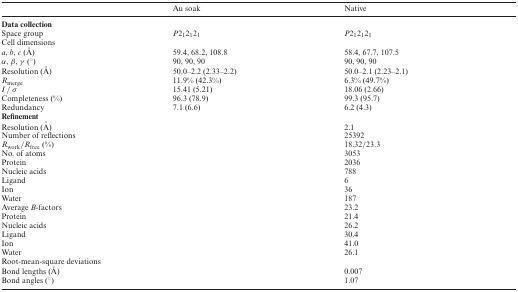
<table><thead><tr><td></td><td><b>Au soak</b></td><td><b>Native</b></td></tr></thead><tbody><tr><td colspan="3"><b>Data collection</b></td></tr><tr><td>Space group</td><td><i>P</i>2<sub>1</sub>2<sub>1</sub>2<sub>1</sub></td><td><i>P</i>2<sub>1</sub>2<sub>1</sub>2<sub>1</sub></td></tr><tr><td colspan="3">Cell dimensions</td></tr><tr><td><i>a</i>, <i>b</i>, <i>c</i> (Å)</td><td>59.4, 68.2, 108.8</td><td>58.4, 67.7, 107.5</td></tr><tr><td><i>α</i>, <i>β</i>, <i>γ</i> (°)</td><td>90, 90, 90</td><td>90, 90, 90</td></tr><tr><td>Resolution (Å)</td><td>50.0–2.2 (2.33–2.2)</td><td>50.0–2.1 (2.23–2.1)</td></tr><tr><td><i>R</i><sub>merge</sub></td><td>11.9% (42.3%)</td><td>6.3% (49.7%)</td></tr><tr><td><i>I</i> / <i>σ</i></td><td>15.41 (5.21)</td><td>18.06 (2.66)</td></tr><tr><td>Completeness (%)</td><td>96.3 (78.9)</td><td>99.3 (95.7)</td></tr><tr><td>Redundancy</td><td>7.1 (6.6)</td><td>6.2 (4.3)</td></tr><tr><td colspan="3"><b>Refinement</b></td></tr><tr><td>Resolution (Å)</td><td></td><td>2.1</td></tr><tr><td>Number of reflections</td><td></td><td>25392</td></tr><tr><td><i>R</i><sub>work</sub>/<i>R</i><sub>free</sub> (%)</td><td></td><td>18.32/23.3</td></tr><tr><td>No. of atoms</td><td></td><td>3053</td></tr><tr><td>Protein</td><td></td><td>2036</td></tr><tr><td>Nucleic acids</td><td></td><td>788</td></tr><tr><td>Ligand</td><td></td><td>6</td></tr><tr><td>Ion</td><td></td><td>36</td></tr><tr><td>Water</td><td></td><td>187</td></tr><tr><td>Average <i>B</i>-factors</td><td></td><td>23.2</td></tr><tr><td>Protein</td><td></td><td>21.4</td></tr><tr><td>Nucleic acids</td><td></td><td>26.2</td></tr><tr><td>Ligand</td><td></td><td>30.4</td></tr><tr><td>Ion</td><td></td><td>41.0</td></tr><tr><td>Water</td><td></td><td>26.1</td></tr><tr><td colspan="3">Root-mean-square deviations</td></tr><tr><td>Bond lengths (Å)</td><td></td><td>0.007</td></tr><tr><td>Bond angles (°)</td><td></td><td>1.07</td></tr></tbody></table>